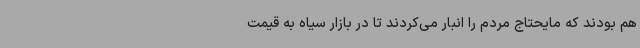
هم بودند که مایحتاج مردم را انبار می‌کردند تا در بازار سیاه به قیمت